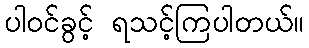
ပါဝင်ခွင့် ရသင့်ကြပါတယ်။